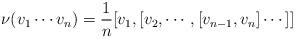
LaTeX: \begin{align*}\nu(v_{1}\cdots v_{n})=\frac 1 n [v_1,[v_2,\cdots,[v_{n-1},v_n]\cdots]]\end{align*}